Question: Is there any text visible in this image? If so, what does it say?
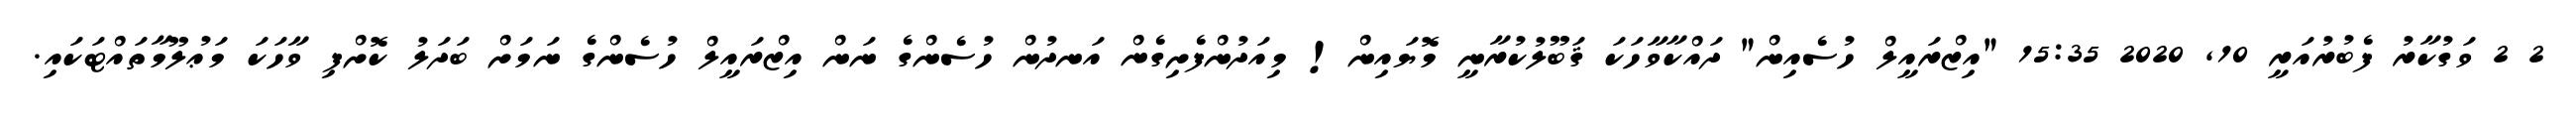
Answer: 2 2 ވަގުކާރު ފެބުރުއަރީ 10, 2020 15:35 "އިޒްރައީލް ހުސެއިން" ދައްކާވާހަކަ ޤަބޫލުކުރާނީ މޮޔައިން! މިއަދުންފެށިގެން އަނދުން ހުސެންގެ ނަން އިޒްރައީލް ހުސެންގެ ނަމަށް ބަދަލު ކޮށްފި ވާހަކަ މަޢުލޫމާތައްޓަކައި.